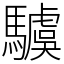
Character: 𩦢